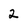
Character: 2